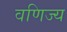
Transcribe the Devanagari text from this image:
वणिज्य